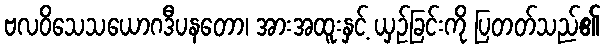
ဗလဝိသေသယောဂဒီပနတော၊ အားအထူးနှင့် ယှဉ်ခြင်းကို ပြတတ်သည်၏